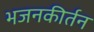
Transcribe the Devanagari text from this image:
भजनकीर्तन